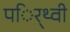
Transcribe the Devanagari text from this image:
पर्िथ्वी